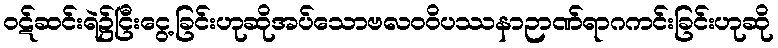
ဝဋ်ဆင်းရဲ၌ငြီးငွေ့ခြင်းဟုဆိုအပ်သောဗလဝဝိပဿနာဉာဏ်ရာဂကင်းခြင်းဟုဆို